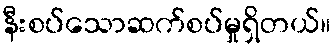
နီးစပ်သောဆက်စပ်မှုရှိတယ်။